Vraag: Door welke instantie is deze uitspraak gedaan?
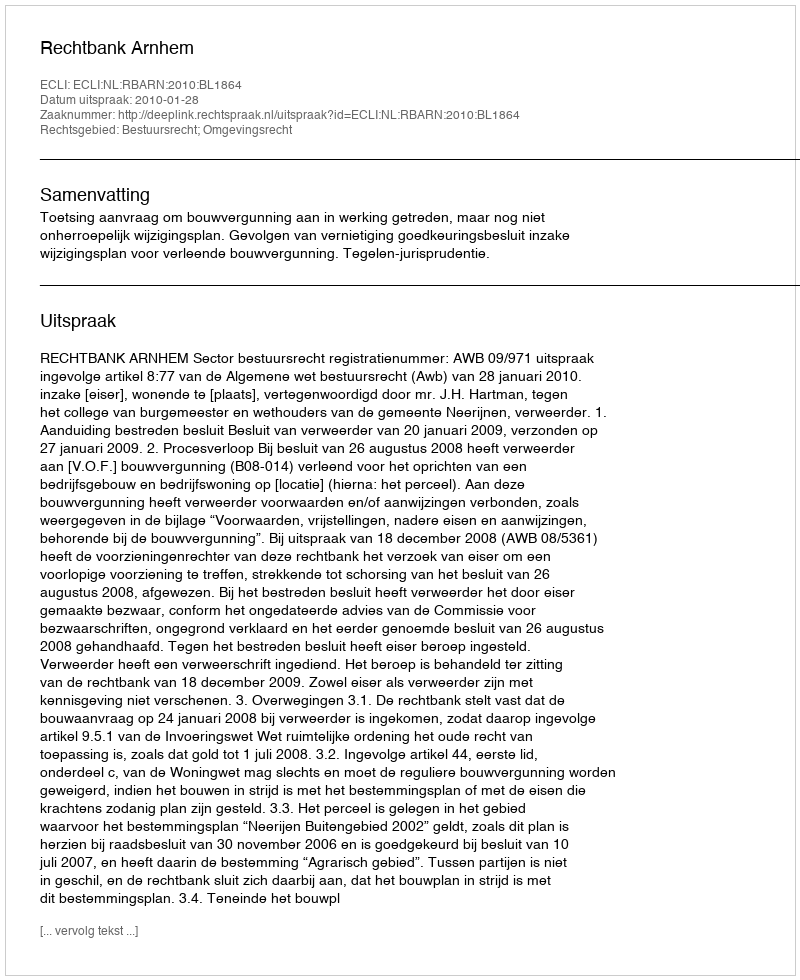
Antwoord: Rechtbank Arnhem